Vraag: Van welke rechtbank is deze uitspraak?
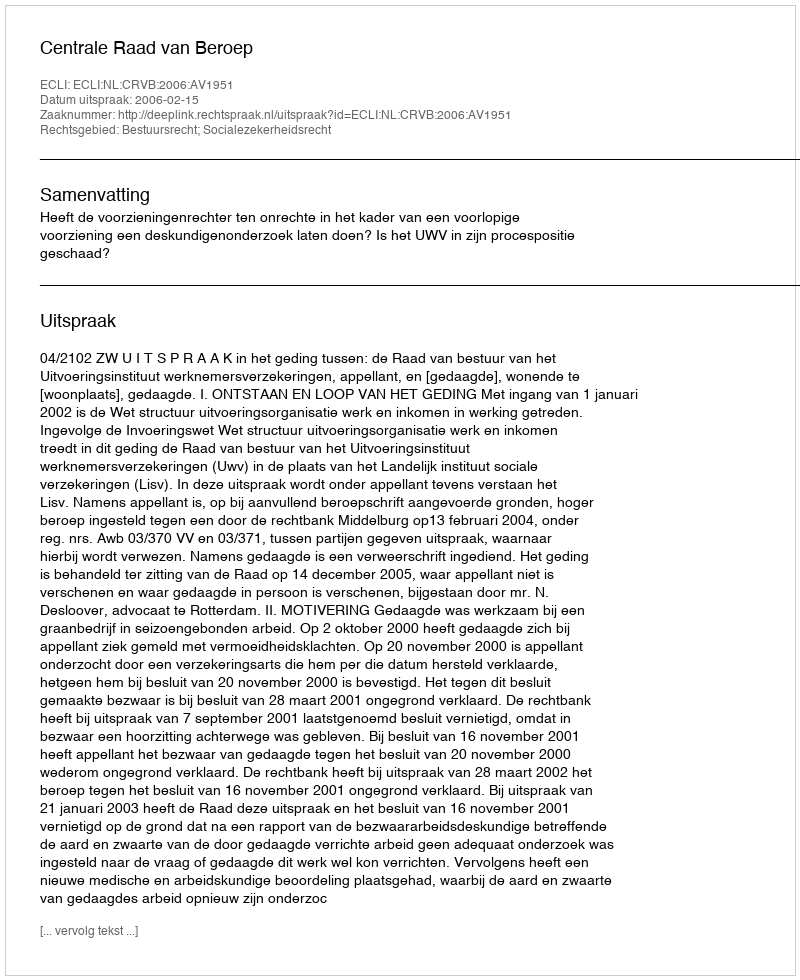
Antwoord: Centrale Raad van Beroep